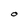
Character: O